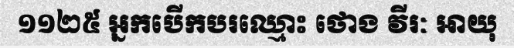
១១២៥ អ្នកបើកបរឈ្មោះ ថោង វីរៈ អាយុ